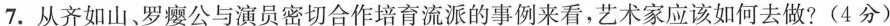
7.从齐如山、罗瘿公与演员密切合作培育流派的事例来看，艺术家应该如何去做?(4分)